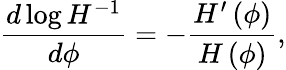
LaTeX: {\frac{d\log{H^{-1}}}{d\phi}}=-{\frac{H^{\prime}\left(\phi\right)}{H\left(\phi\right)}},